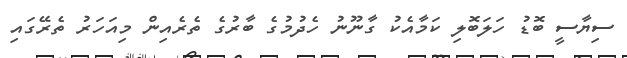
ސިޔާސީ ބޮޑު ހަލަބޮލި ކަމާއެކު ގާނޫނު ހެދުމުގެ ބާރުގެ ތެރެއިން މިއަހަރު ތެރޭގައި